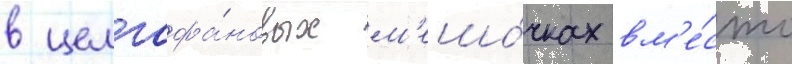
в целлофа́новых м'ешо́чках вм'е́сто